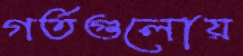
গর্তগুলোয়